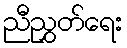
ညီညွှတ်ရေး